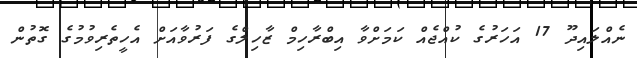
ނެއްލައިދޫ 17 އަހަރުގެ ކުއްޖެއް ކަމަށްވާ އިބްރާހިމް ޒާހިލްގެ ފަރުވާއަށް އެހީތެރިވުމުގެ ގޮތުން